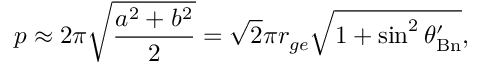
p \approx 2 \pi \sqrt { \frac { a ^ { 2 } + b ^ { 2 } } { 2 } } = \sqrt { 2 } \pi r _ { g e } \sqrt { 1 + \sin ^ { 2 } \theta _ { \mathrm { B n } } ^ { \prime } } ,